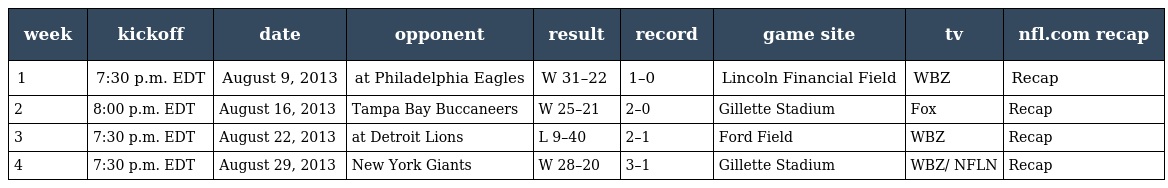
| week | kickoff | date | opponent | result | record | game site | tv | nfl.com recap |
 | --- | --- | --- | --- | --- | --- | --- | --- | --- |
 | 1 | 7:30 p.m. EDT | August 9, 2013 | at Philadelphia Eagles | W 31–22 | 1–0 | Lincoln Financial Field | WBZ | Recap |
 | 2 | 8:00 p.m. EDT | August 16, 2013 | Tampa Bay Buccaneers | W 25–21 | 2–0 | Gillette Stadium | Fox | Recap |
 | 3 | 7:30 p.m. EDT | August 22, 2013 | at Detroit Lions | L 9–40 | 2–1 | Ford Field | WBZ | Recap |
 | 4 | 7:30 p.m. EDT | August 29, 2013 | New York Giants | W 28–20 | 3–1 | Gillette Stadium | WBZ/ NFLN | Recap |